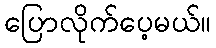
ပြောလိုက်ပေ့မယ်။